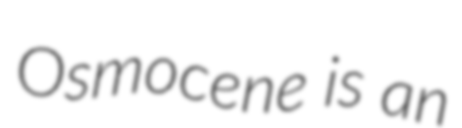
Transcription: Osmocene is an